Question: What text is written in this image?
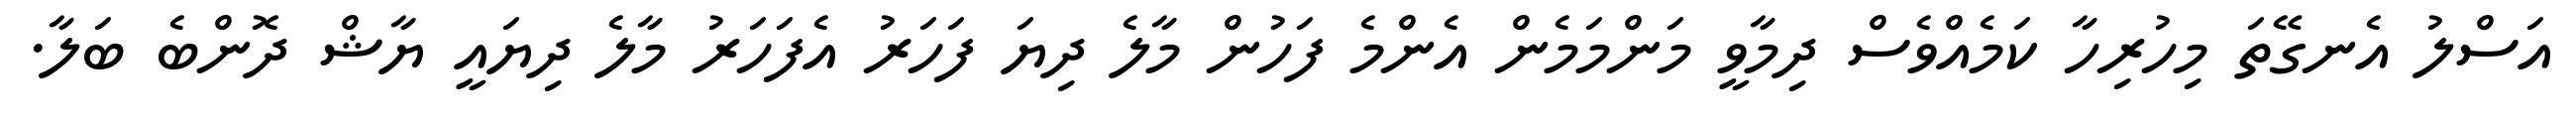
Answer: އަސްލު އެނގޭތަ މިހުރިހާ ކަމެއްވެސް ދިމާވީ މަންމަމެން އެންމެ ފަހުން މާލެ ދިޔަ ފަހަރު އެފަހަރު މާލެ ދިޔައީ ޔާޝް ދޮންބެ ބަލާ.